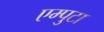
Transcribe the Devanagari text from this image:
एम्पुटा